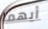
أيهما